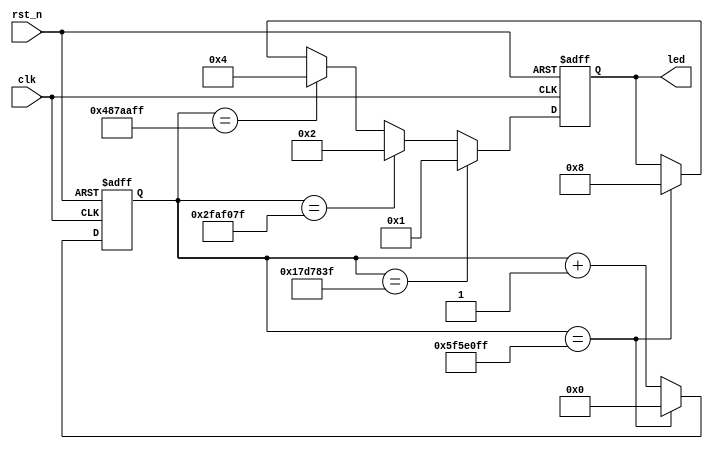
`timescale 1ns / 1ps
//////////////////////////////////////////////////////////////////////////////////
// Company: 
// Engineer: 
// 
// Design Name: 
// Module Name:    led 
// Project Name: 
// Target Devices: 
// Tool versions: 
// Description: 
//
// Dependencies: 
//
// Revision: 
// Revision 0.01 - File Created
// Additional Comments: 
//
//////////////////////////////////////////////////////////////////////////////////
`timescale 1ns / 1ps
module led_test
(
        input           clk,           // system clock 50Mhz on board
        input           rst_n,         // reset ,low active
        output reg[3:0] led            // LED,use for control the LED signal on board
);

 //define the time counter
 reg [31:0]      timer;

 // cycle counter:from 0 to 4 sec
 always@(posedge clk or negedge rst_n)
 begin
        if (rst_n == 1'b0)
                timer <= 32'd0;                     //when the reset signal valid,time counter clearing
        else if (timer == 32'd99_999_999)          //4 seconds count(50M*4-1=199999999)
                timer <= 32'd0;                     //count done,clearing the time counter
        else
                timer <= timer + 32'd1;             //timer counter = timer counter + 1
 end

 // LED control
 always@(posedge clk or negedge rst_n)
 begin
        if (rst_n == 1'b0)
                led <= 4'b0000;                     //when the reset signal active
        else if (timer == 32'd24_999_999)       // 49 time counter count to 1st sec,LED1 lighten
                led <= 4'b0001;
        else if (timer == 32'd49_999_999)       // 99 time counter count to 2nd sec,LED2 lighten
                led <= 4'b0010;
        else if (timer == 32'd75_999_999)       // 149 time counter count to 3rd sec,LED3 lighten
                led <= 4'b0100;
        else if (timer == 32'd99_999_999)      // 199 time counter count to 4th sec,LED4 lighten
                led <= 4'b1000;
 end

endmodule